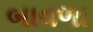
બાવળા